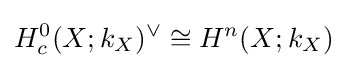
H_{c}^{0}(X;k_{X})^{\vee }\cong H^{n}(X;k_{X})